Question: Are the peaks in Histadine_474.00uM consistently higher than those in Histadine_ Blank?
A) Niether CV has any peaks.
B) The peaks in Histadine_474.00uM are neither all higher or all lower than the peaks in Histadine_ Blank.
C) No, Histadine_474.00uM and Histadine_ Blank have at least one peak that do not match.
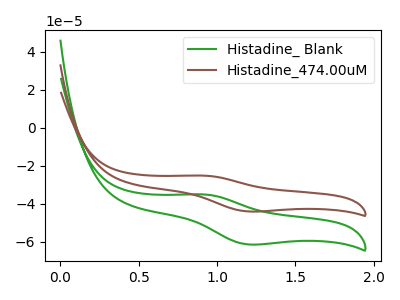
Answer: <think>The green curve "Histadine_ Blank" has an anodic peak at (0.90V, -35.00uA) and a cathodic peak at (1.20V, -61.30uA). The brown curve "Histadine_474.00uM" has an anodic peak at (0.90V, -25.10uA) and a cathodic peak at (1.20V, -43.95uA).</think>
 <answer>B) The peaks in "Histadine_474.00uM" are neither all higher or all lower than the peaks in "Histadine_ Blank".</answer>
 <eval>B</eval>